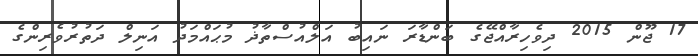
17 ޖޫން 2015 ދިވެހިރާއްޖޭގެ ބަންޑާރަ ނައިބު އަލްއުސްތާޛު މުޙައްމަދު އަނިލް ދަތުރުވެރިންގެ